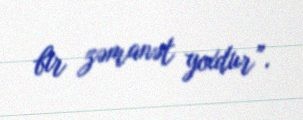
bir zəmanət yoxdur”.